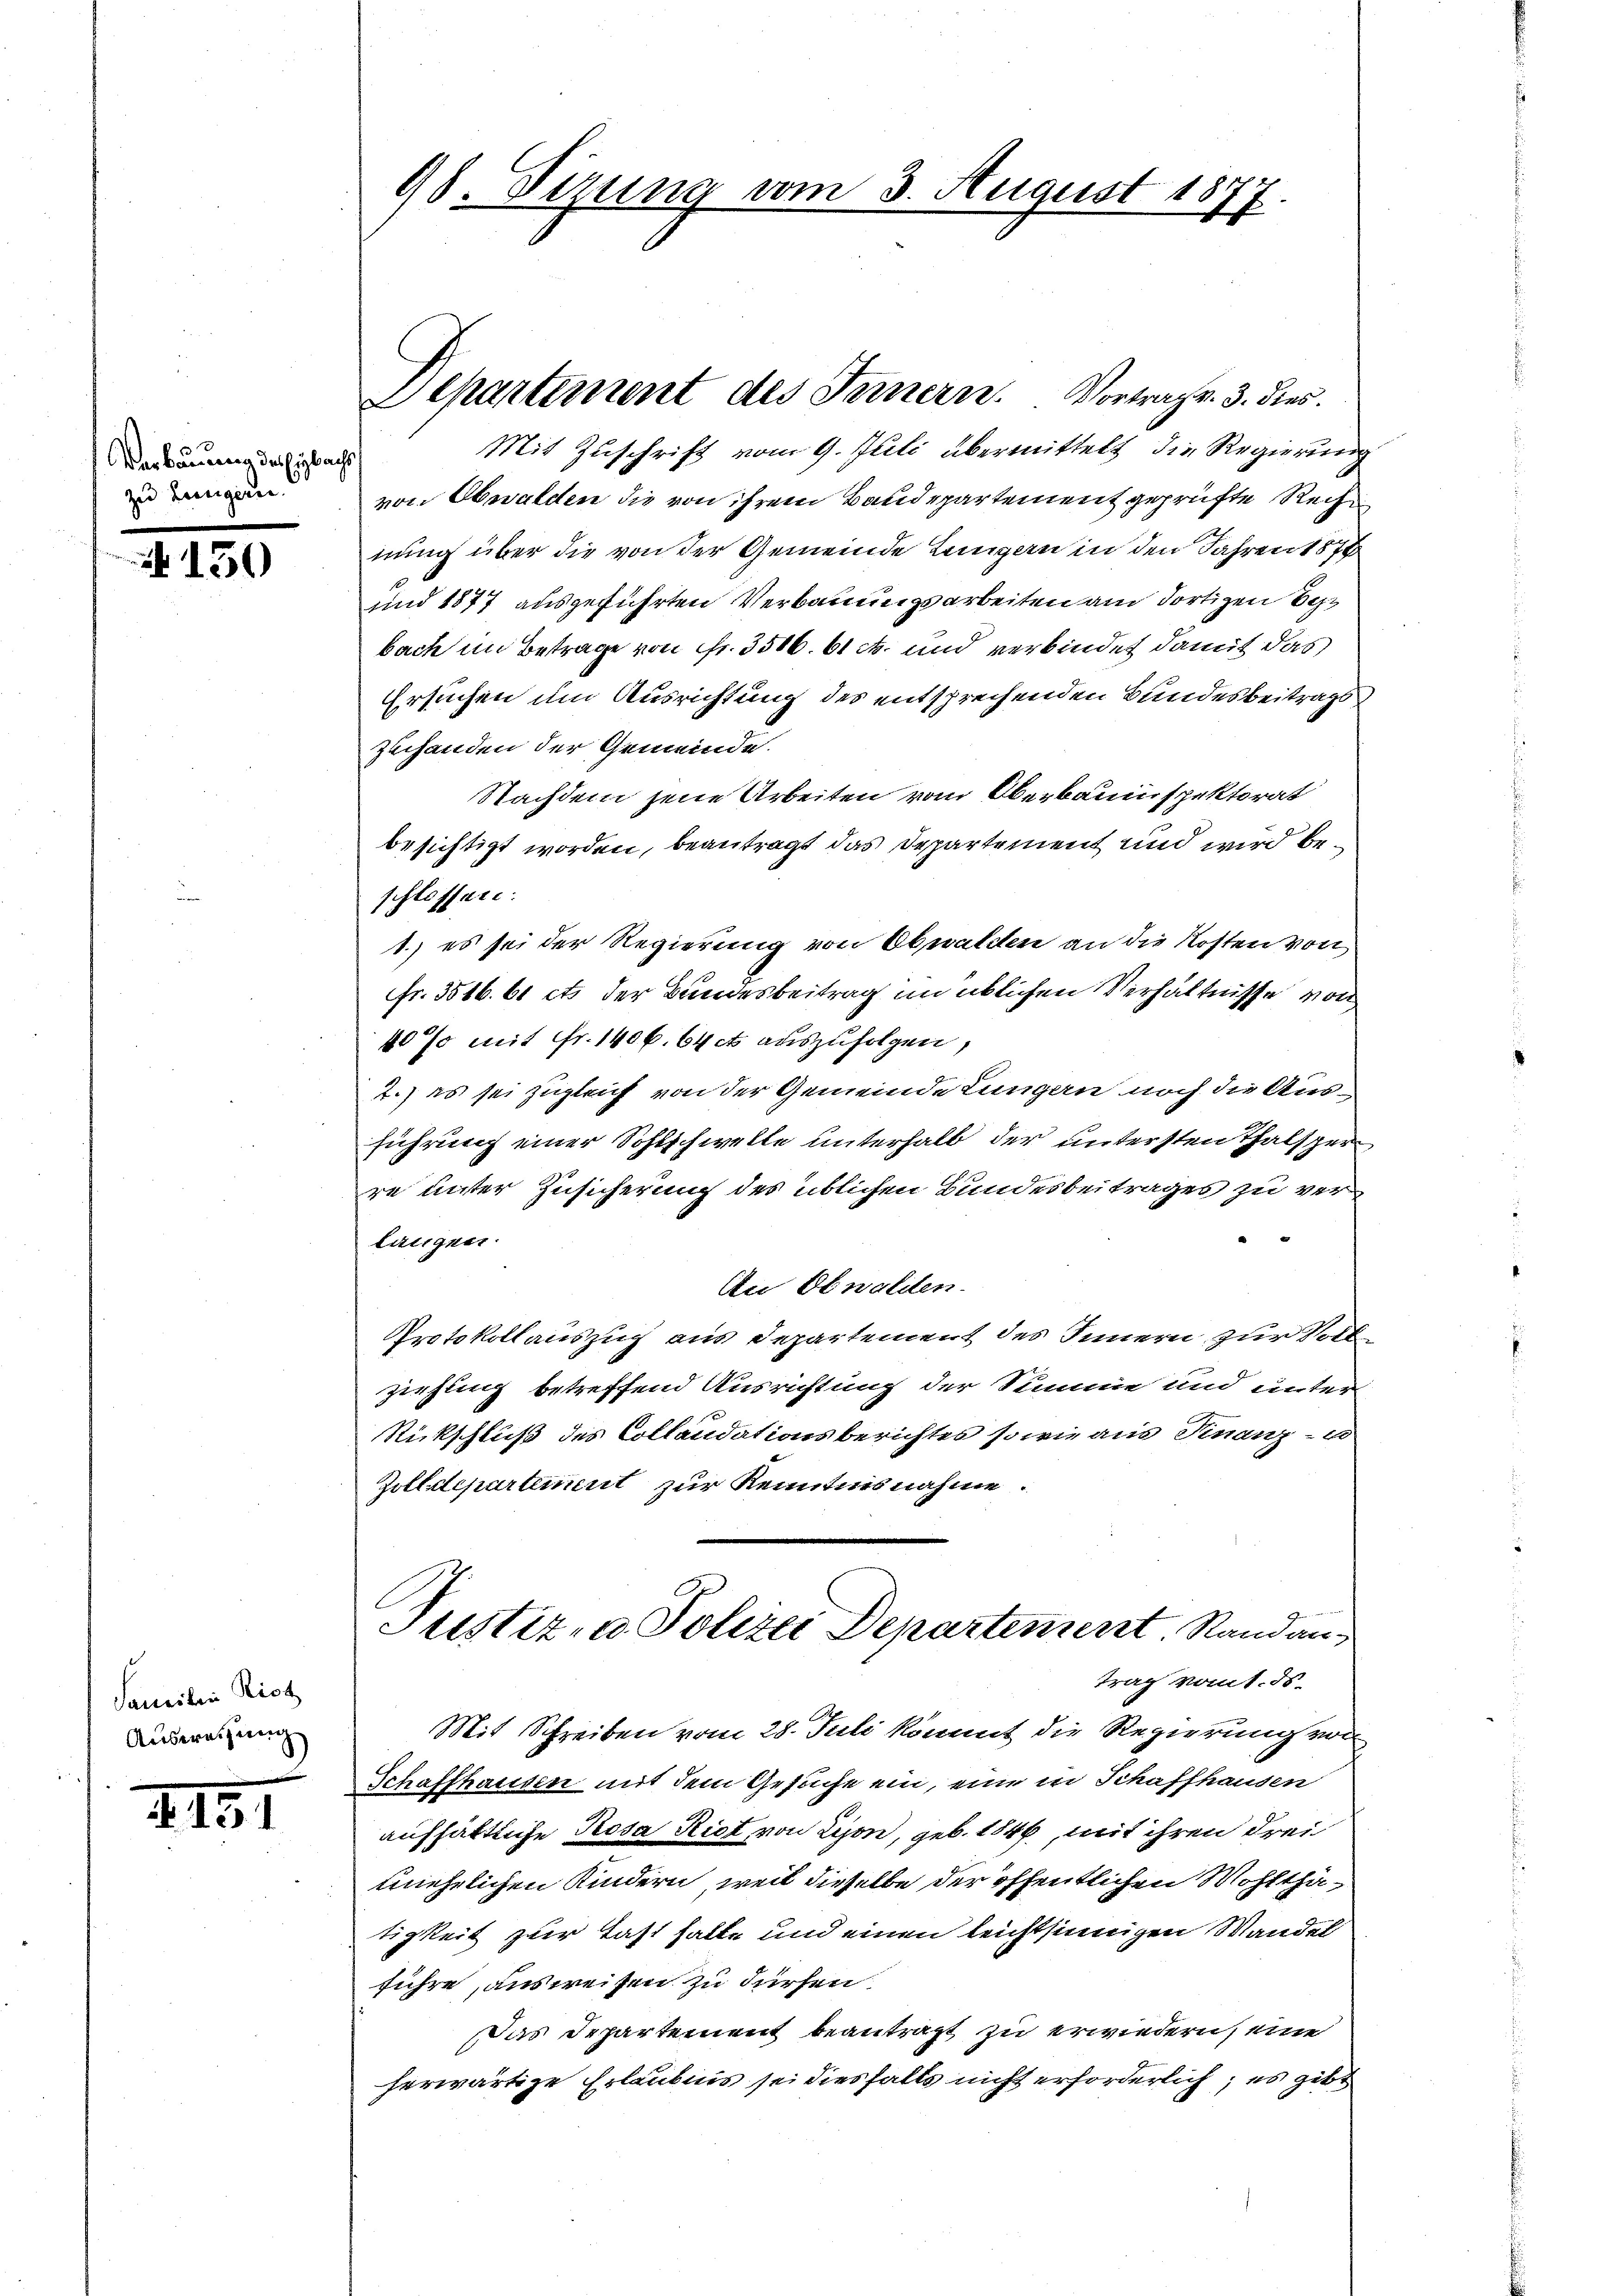
Verbauung des Eybacht,
zu Lenigern.

150

Familien Rich
Ausweisung

4181

98. Sizung vom 3. August 1877
d

Aepartement des Fernern. Vortrag v. 3. dies
Mit Zuschrift vom 9. Juli übermittelt, die Regierung

von Obwalden die von ihrem Baudepartement geprüfte Rechnung über die von der Gemeinde Lungern in den Jahren 1874
sind 1877 ausgeführten Verbauungsarbeiten am dortigen Sebach im Betrage von Fr. 3506. 61 c. und verbindet damit das
Ersuchen um Ausrichtung des entsprechenden Bundesbeitragszuhanden der Gemeinde.
Nachdem jene Arbeiten vom Oberbauinspektorat
besichtigt worden, beantragt das Departement und wird beschlossen:
1.) es sei der Regierung von Obwalden an die Kosten von
fr. 3516. 61 cts der Bundesbeitrag im üblichen Verhältnisse von
40 % mit Fr. 1406. 64 et auszufolgen,
2.) es sei zugleich von der Gemeinde Lungern noch die Ausführung einer Sohlschwelle unterhalb der untersten Thalsper
re unter Zusicherung des üblichen Bundesbeitrages zu verlingen.
An Obwaliten.
Protokollauszug aus Departement des Innern zur Vollziehung betreffend Ausrichtung der Summe und unter
Rückschluß des Collandationsberichtes so wie aus Finanz- u
Zolldepartement zur Kenntnisnahme.
Justiz- u. Polizei Departement Standan-
trag vom 1. ds.
Mit Schreiben vom 28. Juli kommt die Regierung von
Schaffhausen mit dem Gesuche ein, eine in Schaffhausen
aufhältliche Rosa Riet von Lison, geb. 1846, mit ihren drei
tmnehrlichen Kindern, weil dieselbe der öffentlichen Wohlthätigkeit zur Last halte und einen leichtsinnigen Wandel
führe, ausweisen zu dürfen.
Das Departement beantragt zu erwiedern, eine
herwärtige Erlaubnis sei diesfalls nicht erforderlich, es gibt